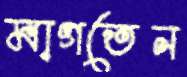
মাগতেন